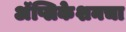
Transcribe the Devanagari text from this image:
अॅप्लिकेशनचा